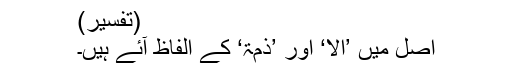
(تفسیر)
اصل میں ’اِلًّا‘ اور ’ذِمَّۃً‘ کے الفاظ آئے ہیں۔